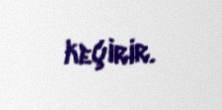
keçirir.